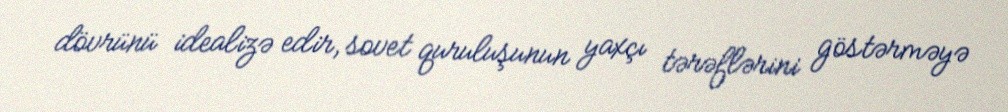
dövrünü idealizə edir, sovet quruluşunun yaxçı tərəflərini göstərməyə